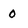
Character: O